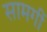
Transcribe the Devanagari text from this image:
सामगीं